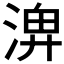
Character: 𪶣